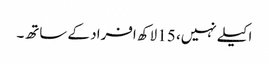
اکیلے نہیں، 15 لاکھ افراد کے ساتھ۔